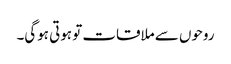
روحوں سے ملاقات تو ہوتی ہوگی۔